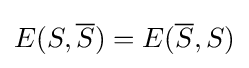
E(S,{\overline {S}})=E({\overline {S}},S)